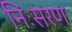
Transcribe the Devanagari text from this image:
निःसरण